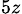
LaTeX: _{5z}